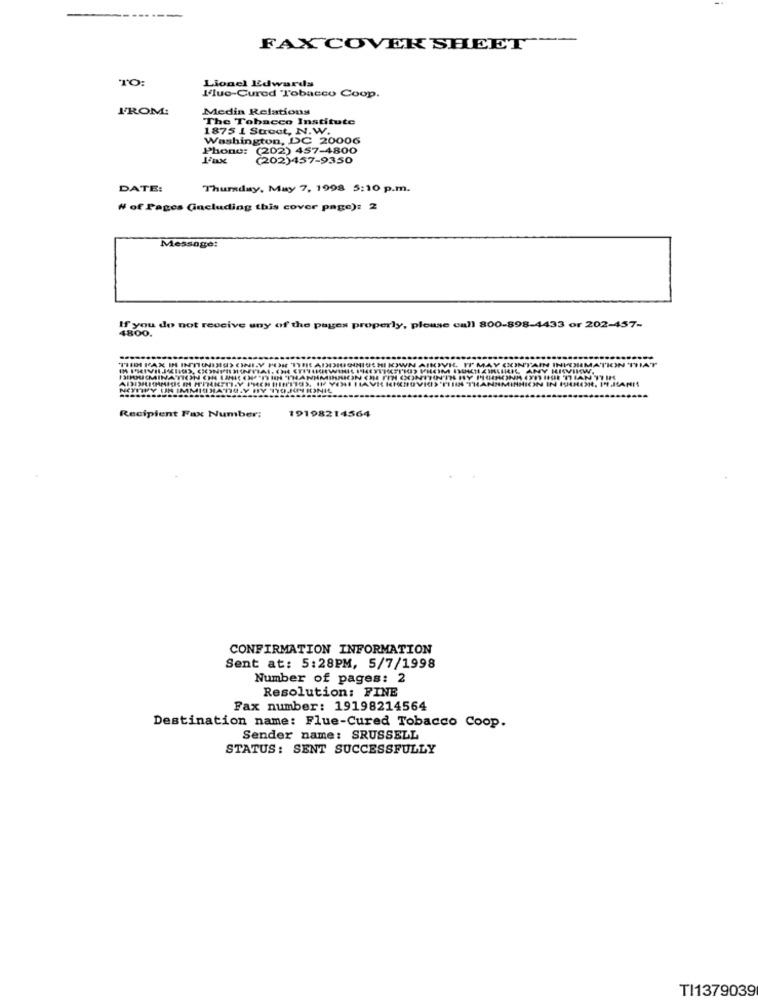
FAX COVER SHEET
TO:
Lionel Edwards
l'luo-Cured Tobacco Coop.
FROM:
Medin Relations
The Tobacco Institute
1875 1 Street, N.W.
Washington, DC 20006
Phone:
(202) 457-4800
(202)457-9350
DATE:
Thursday, May 7, 1998 5:10 p.m.
₦ of Pages (including this cover page): 2
Message:
If you do not receive any of the pages properly, please call 800-898-4433 or 202-457-
4800.
TTIHH FAX IN INTININU) ONLY FOR THE ADDIGINISCHI NOWN AIVIL. IT MAY CONTAIN INFORMATION TIM
FREYER(PR) PROM DURCH KIMLIKIL, ANY KIVIKW.
183. IF YOU HAVE KICHOVICS 'PININ THANNMINHION IN IHRER, I.JAMES
NETTWY UN IMMISS
Recipient Fax Number:
19198214564
CONFIRMATION INFORMATION
Sent at: 5:28PM, 5/7/1998
Number of pages: 2
Resolution: FINE
Fax number: 19198214564
Destination name: Flue-Cured Tobacco Coop.
Sender name: SRUSSELL
STATUS: SENT SUCCESSFULLY
TI1379039